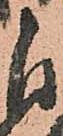
自